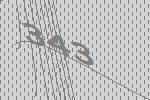
343